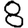
Digit: 8